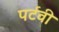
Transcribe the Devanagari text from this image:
पर्टवी